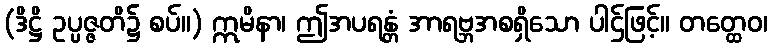
(ဒိဋ္ဌိ ဥပ္ပဇ္ဇတိ၌ စပ်။) ဣမိနာ၊ ဤအပရန္တံ အာရဗ္ဘအစရှိသော ပါဌ်ဖြင့်။ တတ္ထေဝ၊